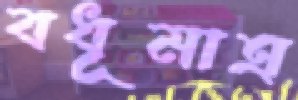
বধূমাত্র